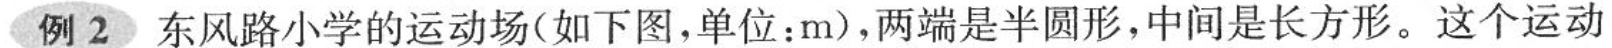
例2东风路小学的运动场(如下图，单位：m)，两端是半圆形，中间是长方形。这个运动